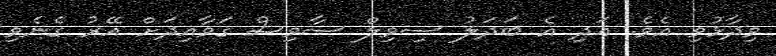
ވިދާޅުވި އެވެެ. އަދި އެ ބަދަލު ސިވިލް ސާވިސް ގަވާއިދަށް އޭރު ގެނެވި